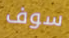
سوف